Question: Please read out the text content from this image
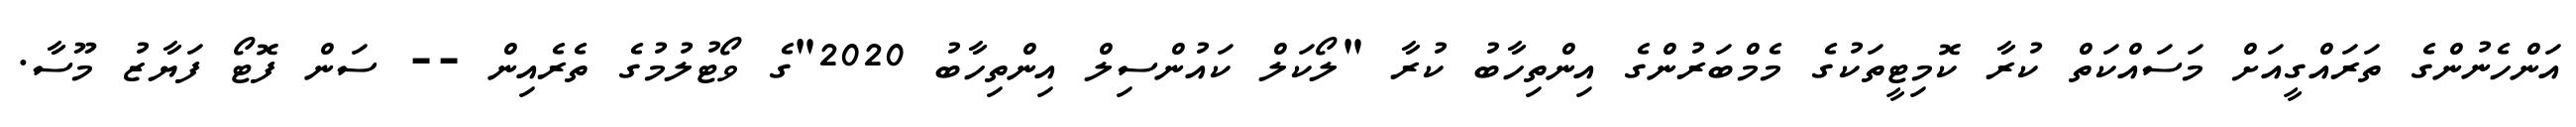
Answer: އަންހެނުންގެ ތަރައްގީއަށް މަސައްކަތް ކުރާ ކޮމިޓީތަކުގެ މެމްބަރުންގެ އިންތިހާބު ކުރާ "ލޯކަލް ކައުންސިލް އިންތިހާބު 2020"ގެ ވޯޓުލުމުގެ ތެރެއިން -- ސަން ފޮޓޯ ފަޔާޒު މޫސާ.